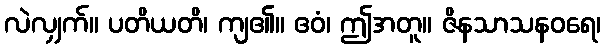
လဲလျှက်။ ပတိယတိ၊ ကျ၏။ ဧဝံ၊ ဤအတူ။ ဇိနသာသနဝရေ၊